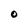
Character: O